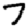
Digit: 7